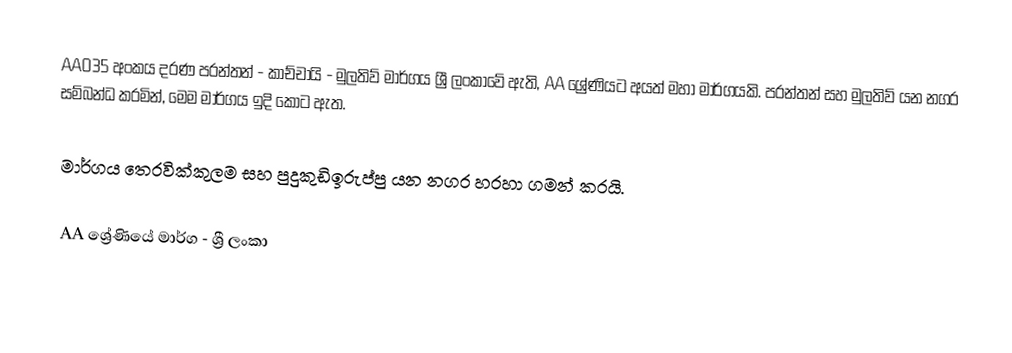
AA035 අංකය දරණ පරන්තන් - කාච්චායි - මුලතිව් මාර්ගය ශ්‍රී ලංකාවේ ඇති, AA ශ්‍රේණියට අයත් මහා මාර්ගයකි. පරන්තන් සහ මුලතිව් යන නගර සම්බන්ධ කරමින්, මෙම මාර්ගය ඉදි කොට ඇත.

මාර්ගය තෙරවික්කුලම සහ පුදුකුඩිඉරුප්පු යන නගර හරහා ගමන් කරයි.

AA ශ්‍රේණියේ මාර්ග - ශ්‍රී ලංකා